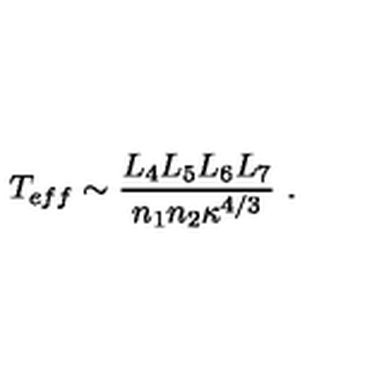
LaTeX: T _ { e f f } \sim { \frac { L _ { 4 } L _ { 5 } L _ { 6 } L _ { 7 } } { n _ { 1 } n _ { 2 } \kappa ^ { 4 / 3 } } } \ .